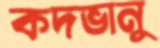
কদভানু